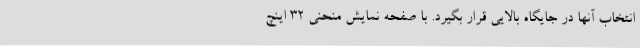
انتخاب آنها در جایگاه بالایی قرار بگیرد. با صفحه نمایش منحنی 32 اینچ